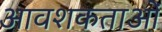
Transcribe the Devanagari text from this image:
आवशकताओं